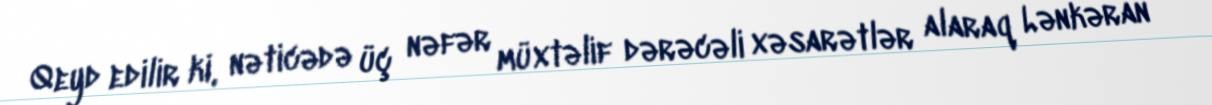
Qeyd edilir ki, nəticədə üç nəfər müxtəlif dərəcəli xəsarətlər alaraq Lənkəran